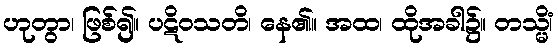
ဟုတွာ၊ ဖြစ်၍။ ပဋိဝသတိ၊ နေ၏။ အထ၊ ထိုအခါ၌။ တသ္မိံ၊